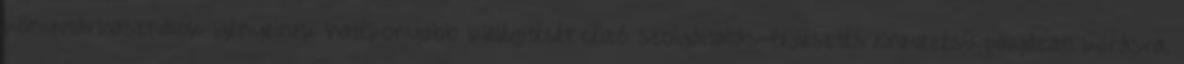
könyvtárhasználók igényeinek hatékonyabb kielégítését célzó szolgáltatás-fejlesztés elnevezésű pályázati kiírásra.